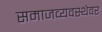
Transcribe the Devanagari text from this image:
समाजव्यवस्थेवर